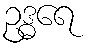
ဥဒ္ဓရေ